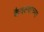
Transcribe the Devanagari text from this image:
कैवल्याच्या